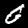
Digit: 0